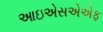
આઇએસએએફ